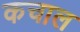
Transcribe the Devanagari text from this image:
कचाल